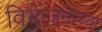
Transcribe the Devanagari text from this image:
विभाजनाच्या